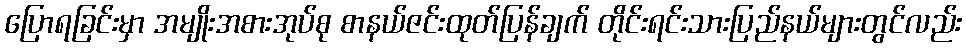
ပြောရခြင်းမှာ အမျိုးအစားအုပ်စု စာနယ်ဇင်းထုတ်ပြန်ချက် တိုင်းရင်းသားပြည်နယ်များတွင်လည်း